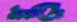
থুতে